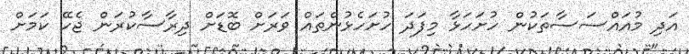
އަދި މުއައްސަސާތަކުން ހުށަހަޅާ މިފަދަ ހުށަހެޅުންތައް ވަރަށް ބޮޑަށް ދިރާސާކުރަން ޖެހޭ ކަމަށް